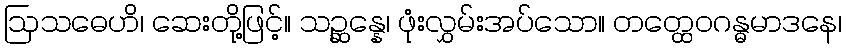
ဩသဓေဟိ၊ ဆေးတို့ဖြင့်။ သဉ္ဆန္နေ၊ ဖုံးလွှမ်းအပ်သော။ တတ္ထေဝဂန္ဓမာဒနေ၊